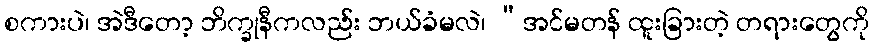
စကားပဲ၊ အဲဒီတော့ ဘိက္ခုနီကလည်း ဘယ်ခံမလဲ၊ “အင်မတန် ထူးခြားတဲ့ တရားတွေကို